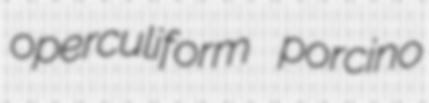
operculiform porcino